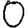
Digit: 0